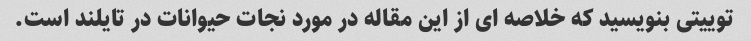
توییتی بنویسید که خلاصه ای از این مقاله در مورد نجات حیوانات در تایلند است.